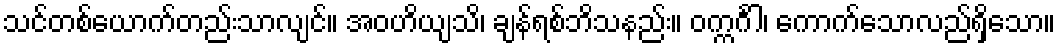
သင်တစ်ယောက်တည်းသာလျင်။ အဝဟိယျသိ၊ ချန်ရစ်ဘိသနည်း။ ဝက္ကင်္ဂါ၊ ကောက်သောလည်ရှိသော။